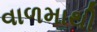
વાળમાથી